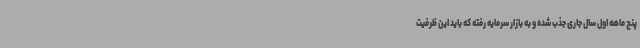
پنج ماهه اول سال جاری جذب شده و به بازار سرمایه رفته که باید این ظرفیت